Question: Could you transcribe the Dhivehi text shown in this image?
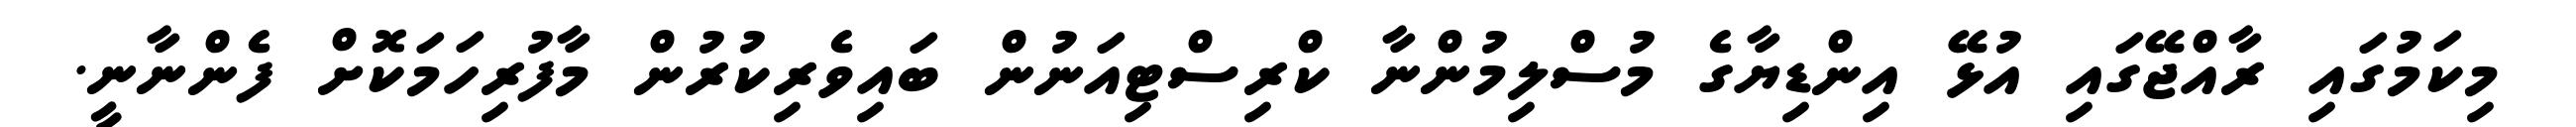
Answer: މިކަމުގައި ރާއްޖޭގައި އުޅޭ އިންޑިޔާގެ މުސްލިމުންނާ ކްރިސްޓިއަނުން ބައިވެރިކުރުން މާފުރިހަމަކޮށް ފެންނާނީ.